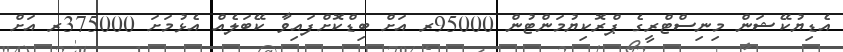
އެޑިޔުކޭޝަން މިނިސްޓްރީގެ ޕްރޮކިޔުމަންޓުން 95000ރ އަށް ބިޑްކޮށްފައިވާ ކޭބަލެއް އެޅުމަށަ 375000ރ އަށް